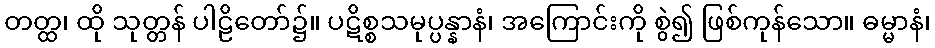
တတ္ထ၊ ထို သုတ္တန် ပါဠိတော်၌။ ပဋိစ္စသမုပ္ပန္နာနံ၊ အကြောင်းကို စွဲ၍ ဖြစ်ကုန်သော။ ဓမ္မာနံ၊